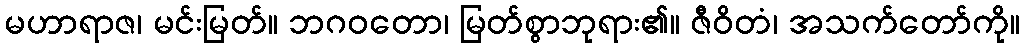
မဟာရာဇ၊ မင်းမြတ်။ ဘဂဝတော၊ မြတ်စွာဘုရား၏။ ဇီဝိတံ၊ အသက်တော်ကို။